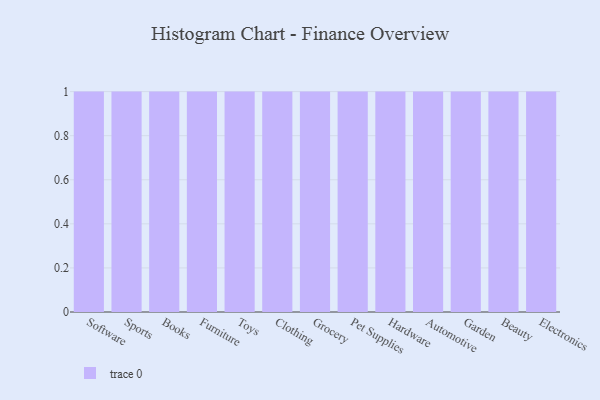
{"axis": {"x": "Category", "y": "Backlog"}, "legend": [""], "data": [{"x": "Software", "y": 88, "type": ""}, {"x": "Sports", "y": 49, "type": ""}, {"x": "Books", "y": 31, "type": ""}, {"x": "Furniture", "y": 65, "type": ""}, {"x": "Toys", "y": 1, "type": ""}, {"x": "Clothing", "y": 9, "type": ""}, {"x": "Grocery", "y": 38, "type": ""}, {"x": "Pet Supplies", "y": 49, "type": ""}, {"x": "Hardware", "y": 7, "type": ""}, {"x": "Automotive", "y": 71, "type": ""}, {"x": "Garden", "y": 83, "type": ""}, {"x": "Beauty", "y": 25, "type": ""}, {"x": "Electronics", "y": 55, "type": ""}]}